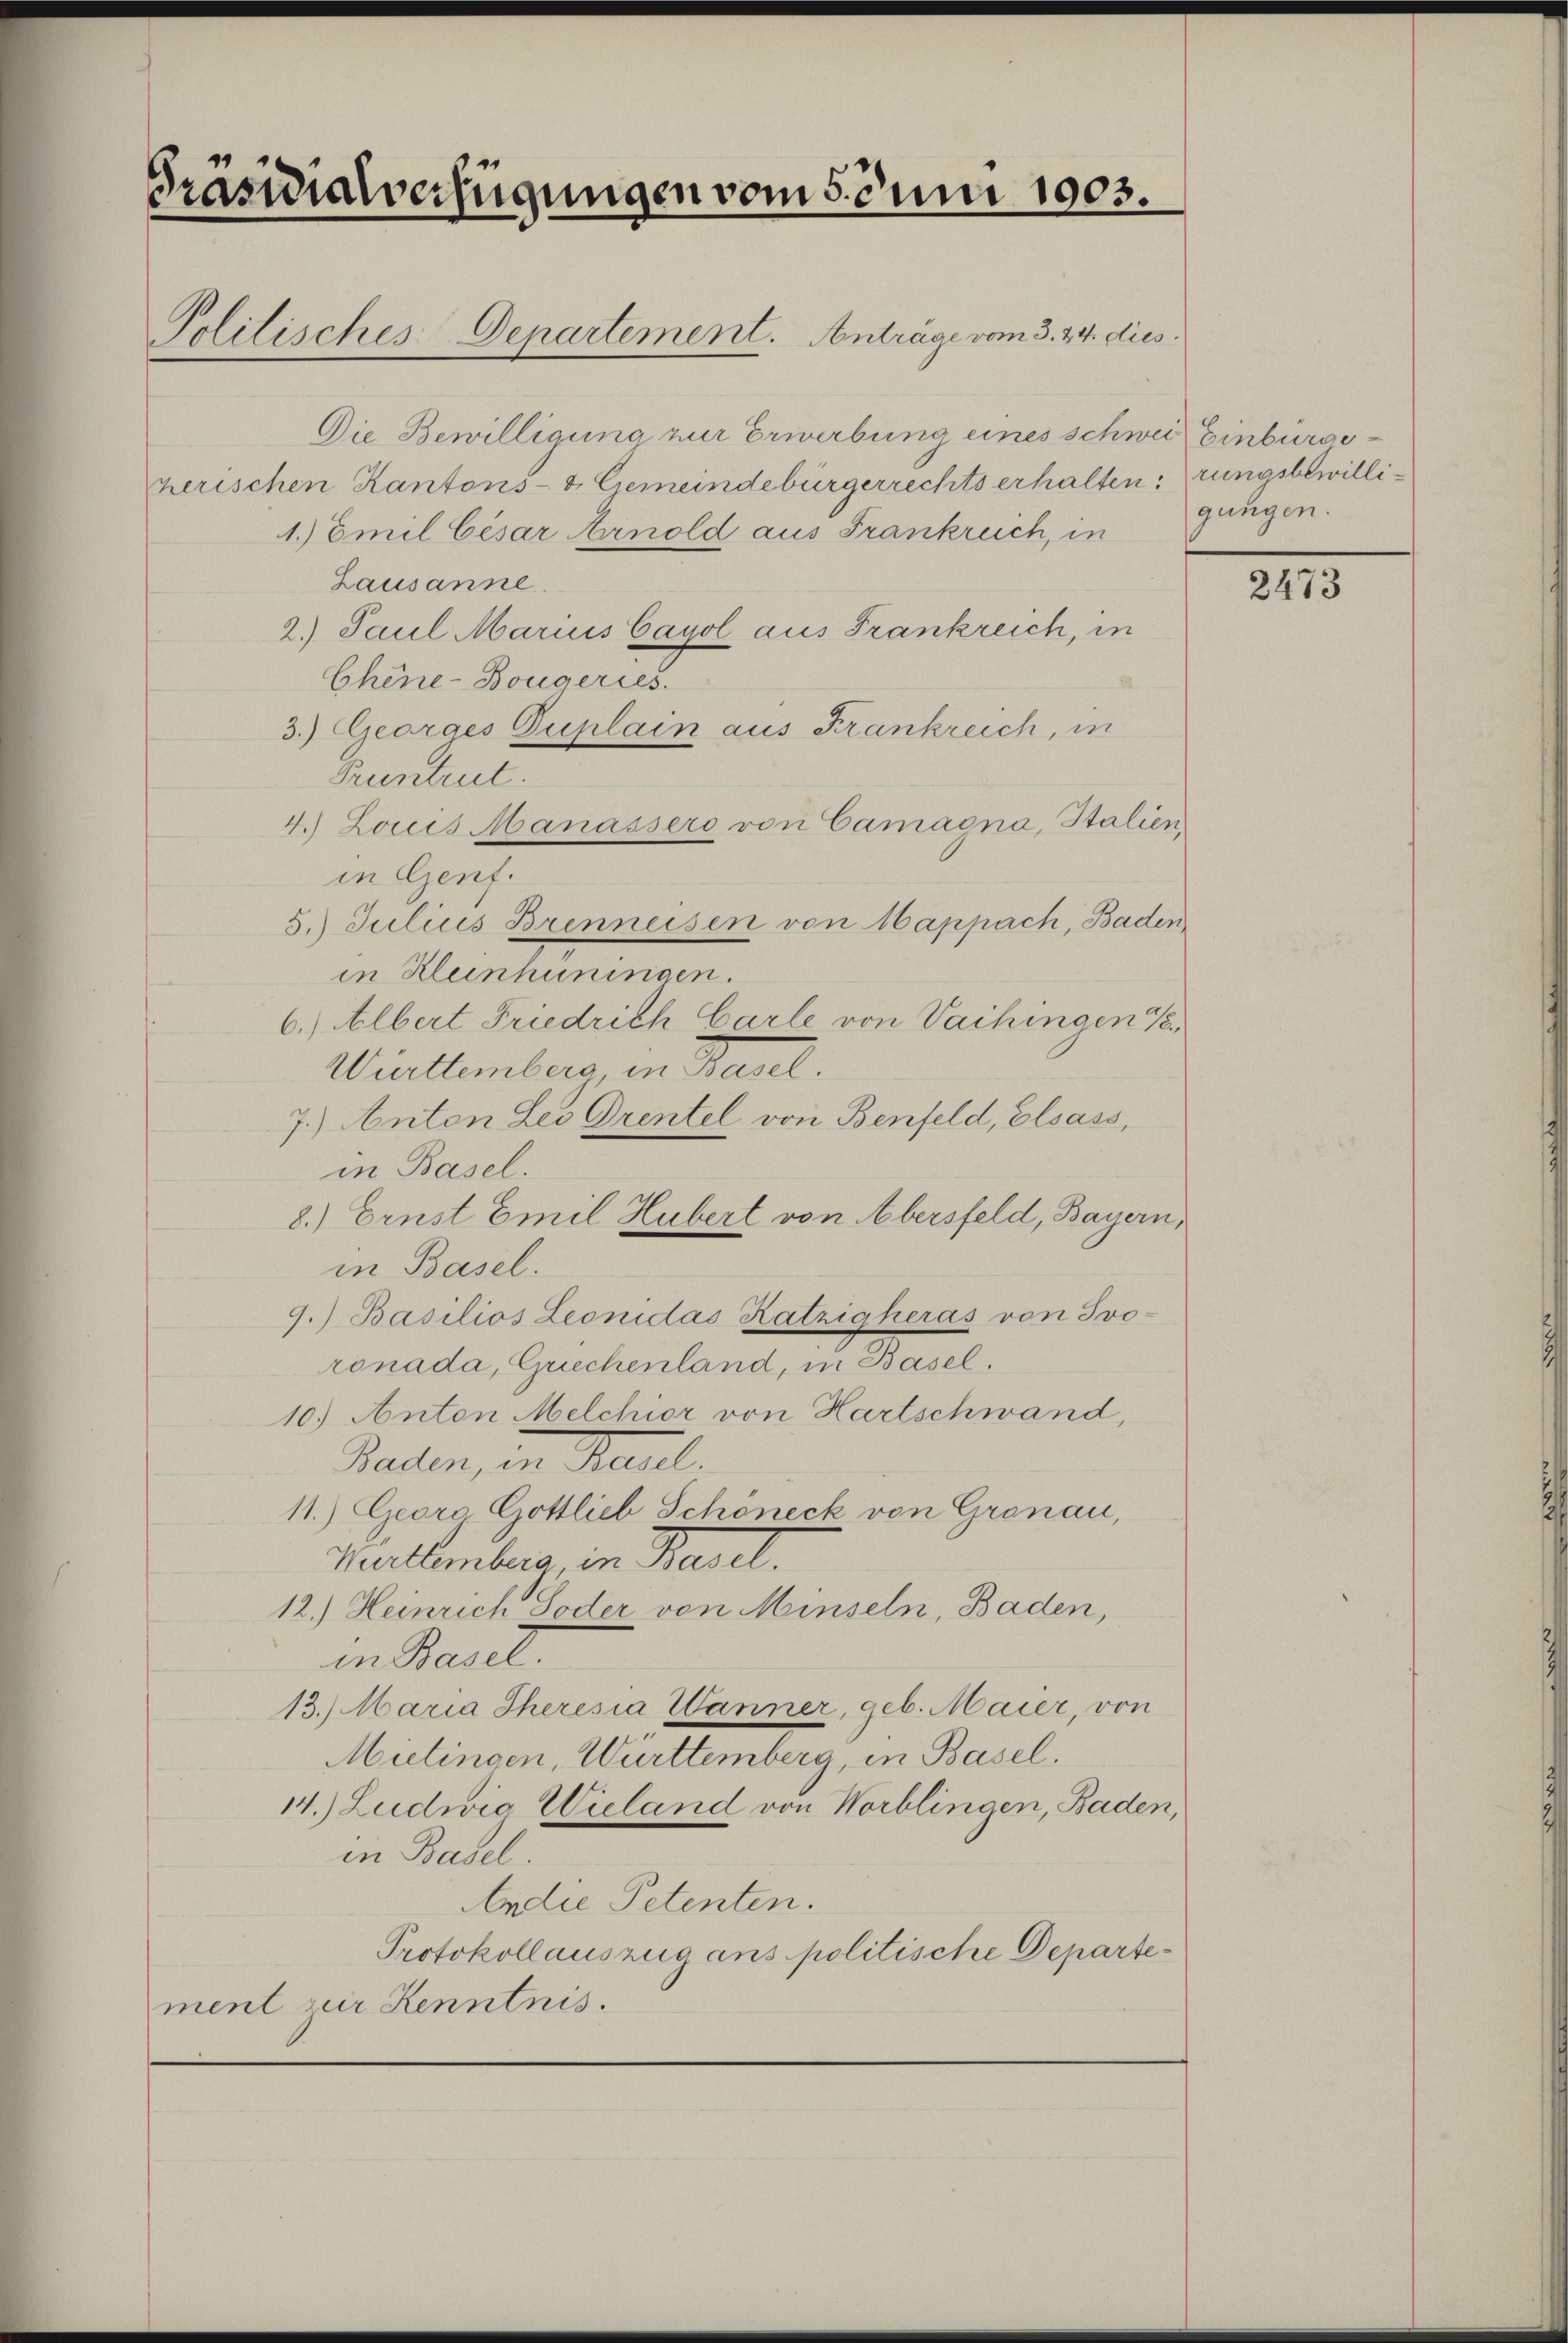
Präsidialverfügungen vom 5. Juni 1903.

Die Bewilligung zur Erwerbung eines schwei Einburgeherischen Kantons- & Gemeindebürgerrechts erhalten, rungsbewilli¬
1.) Emil Cesar Arnold aus Frankruch, in
Lausanne
2. Paul Marius Cayol aus Frankreich, in
Chine-Bougeries.
3.) Georges Duplain aus Frankreich, in
Pruntrut.
4. Louis Manassero von Camagna, Stalien,
in Genf.
5. Julius Brenneisen von appach, Baden,
in Kleinhuningen.
6.) Albert Friedrich Carle von Vaihingen Ve
Württemberg in Basel.
7.) Anton Les Drentel von Benfeld, Elsass,
in Basel.
8.) Ernst Emil Hubert von Abersfeld, Bayern,
in Basel.
9.) Basilios Leonidas Ratzigherás von Ivo-
rönada, Grechenland, in Basel.
10.) Anton Melchior von Hartschwand,
Baden, in Basel,
11.) Georg Gottlieb Schöneck von Gronau,
Muttemberg, in Basel.
12.) Heinrich oder von Minseln, Baden,
in Baset.
13.) Maria Theresia Wänner, geb. Maier, von
Mülingen, Württemberg, in Basel.
14.) Ludwia Wieland von Worblingen, Baden,
in Basel.
Andie Petenten.
Protokollauszug ans politische Departement zur Kenntnis.

Politisches-Departement. Anträge vom 3. 24. dies

gangen.

2473